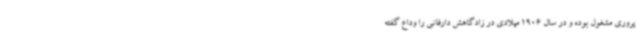
پروری مشغول بوده و در سال 1906 میلادی در زادگاهش دارفانی را وداع گفته